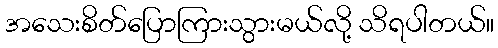
အသေးစိတ်ပြောကြားသွားမယ်လို့ သိရပါတယ်။